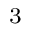
_ 3